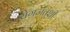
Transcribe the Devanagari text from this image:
रोगजंतूंशी